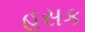
હસક